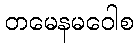
တမေနမဝေါစ